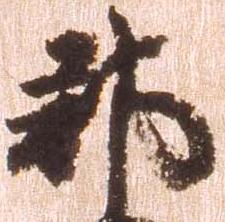
郡